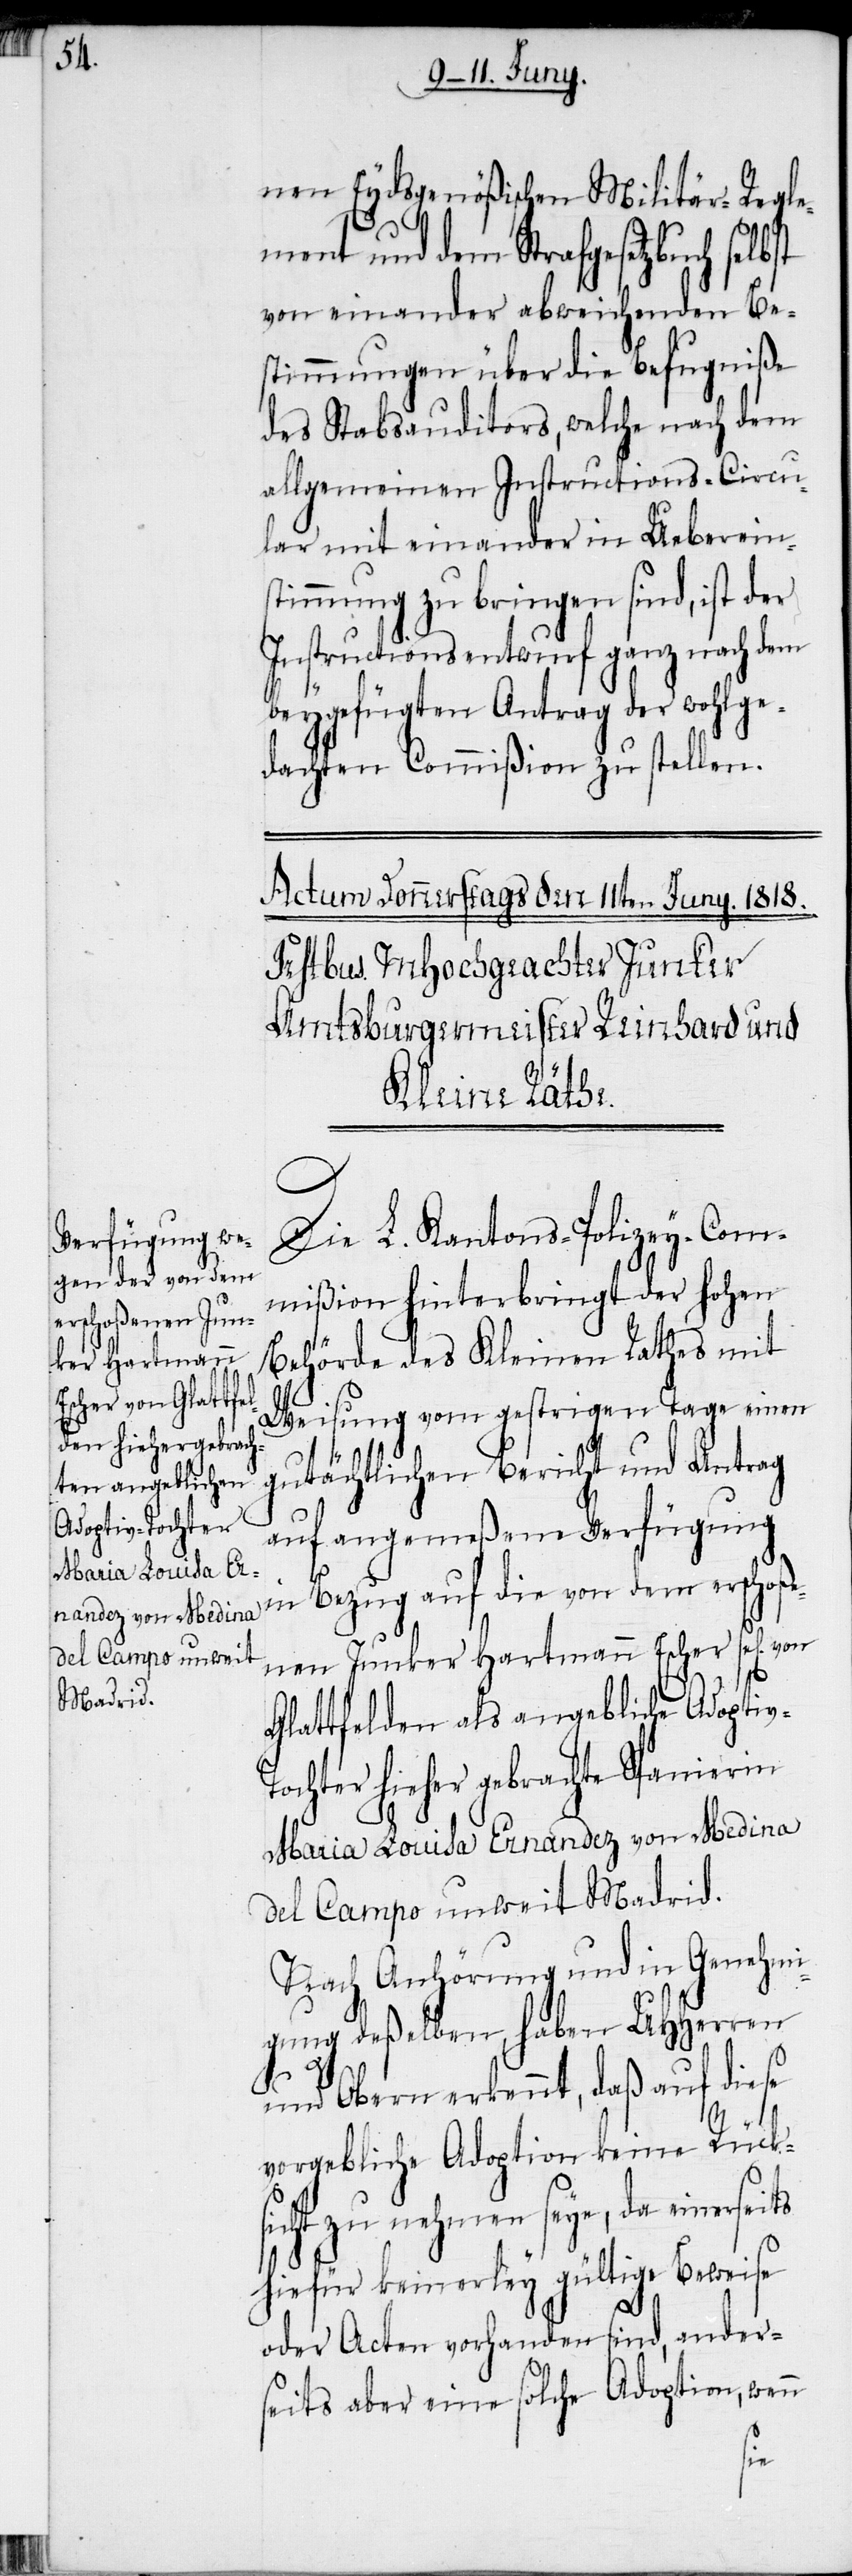
nen Eydsgenößischen Militär-Regle¬
ment und dem Strafgesetzbuch selbst
von einander abweichenden Be¬
stimmungen über die Befugniße
des Stabsauditors, welche nach dem
allgemeinen Instructions-Circu¬
lar mit einander in Uebereins¬
timmung zu bringen sind, ist der
Instructionsentwurf ganz nach dem
beygefügten Antrag der wohlge¬
dachten Commißion zu stellen.
Die L. Kantons-Polizey-Com¬
mißion hinterbringt der hohen
Behörde des Kleinen Rathes mit
Weisung vom gestrigen Tage einen
gutächtlichen Bericht und Antrag
auf angemeßene Verfügung
in Bezug auf die von dem erschoße¬
nen Junker Hartmann Escher sel[ig] von
Glattfelden als angebliche Adoptiv-T¬
ochter hieher gebrachte Spanierin
Maria Louisa Ernandez von Medina
del Campo unweit Madrid.
Nach Anhörung und in Genehmi¬
gung deßelben, haben UHHerren
und Obern erkennt, daß auf diese
vorgebliche Adoption keine Rücks¬
icht zu nehmen seye, da einerse¬
hiefür keinerley gültige Beweise
oder Acten vorhanden sind, ander¬
seits aber eine solche Adoption, wenn
its